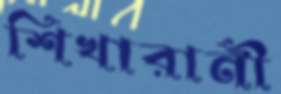
শিখারানী